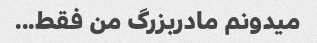
میدونم مادربزرگ من فقط...